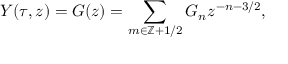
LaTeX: Y ( \tau , z ) = G ( z ) = \sum _ { m \in \mathbb { Z } + 1 / 2 } G _ { n } z ^ { - n - 3 / 2 } ,